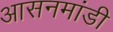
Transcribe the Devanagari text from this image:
आसनमांडी